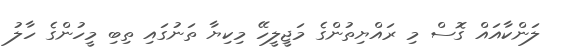
ލަންކާއައް ގޮސް މި ރައްޔިތުންގެ މަޖީލީހޭ މިކިޔާ ތަނުގައި ތިބި މީހުންގެ ހާލު